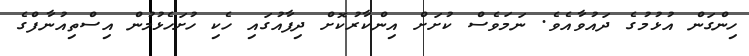
ހިންގަން އުޅުމުގެ ދައުވާއެވެ. ނަމަވެސް ކުށަަށް އިންކާރުކޮށް ދިފާއުގައި ހެކި ހުށަހެޅުމުން އިސްތިއުނާފްގެ